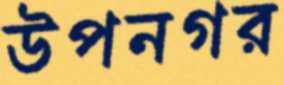
উপনগর